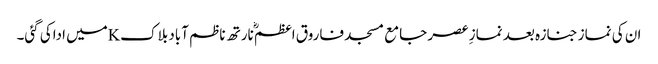
ان کی نماز جنازہ بعد نمازِ عصر جامع مسجد فاروق اعظمؓ نارتھ ناظم آباد بلاکKمیں اداکی گئی۔